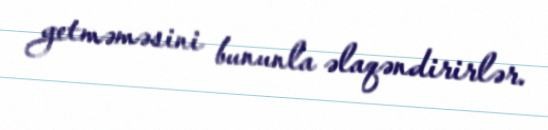
getməməsini bununla əlaqəndirirlər.